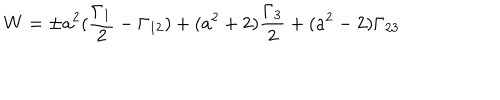
LaTeX: W = \pm a ^ { 2 } ( \frac { \Gamma _ { 1 } } { 2 } - \Gamma _ { 1 2 } ) + ( a ^ { 2 } + 2 ) \frac { \Gamma _ { 3 } } { 2 } + ( a ^ { 2 } - 2 ) \Gamma _ { 2 3 }